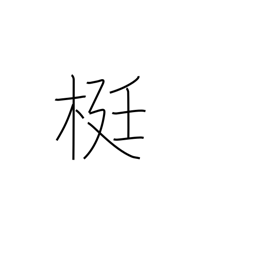
Meaning: lever